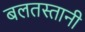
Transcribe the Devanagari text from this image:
बलतस्तानी